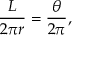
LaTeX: { \frac { L } { 2 \pi r } } = { \frac { \theta } { 2 \pi } } ,